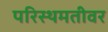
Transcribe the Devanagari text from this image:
परिस्थमतीवर